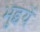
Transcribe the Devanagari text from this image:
भुइयें